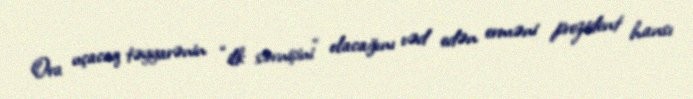
Ora uçacaq təyyarənin “ilk sərnişini” olacağını vəd edən erməni prezident hansı